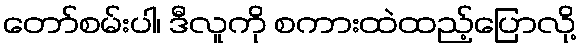
တော်စမ်းပါ၊ ဒီလူကို စကားထဲထည့်ပြောလို့